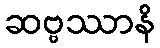
ဆဗ္ဗဿာနိ